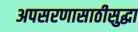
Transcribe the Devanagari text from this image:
अपसरणासाठीसुद्धा